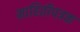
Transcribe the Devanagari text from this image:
माहितीपत्रक